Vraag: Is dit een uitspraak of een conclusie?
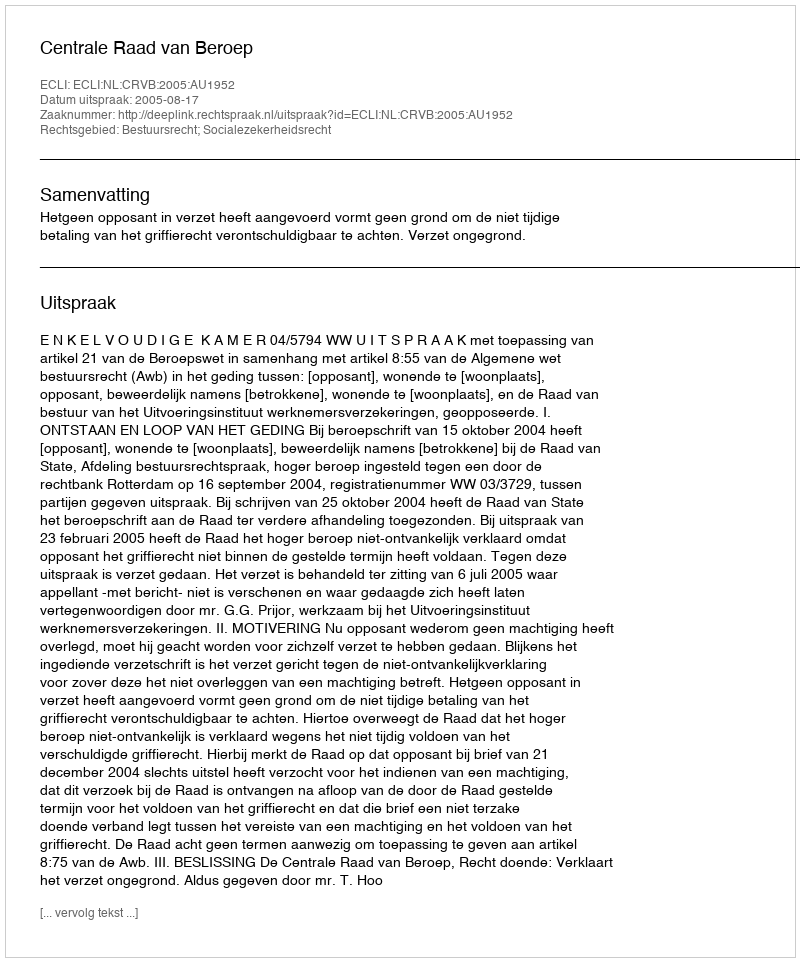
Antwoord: Uitspraak